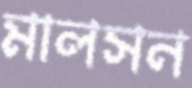
মালসন